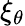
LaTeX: \xi_{\theta}